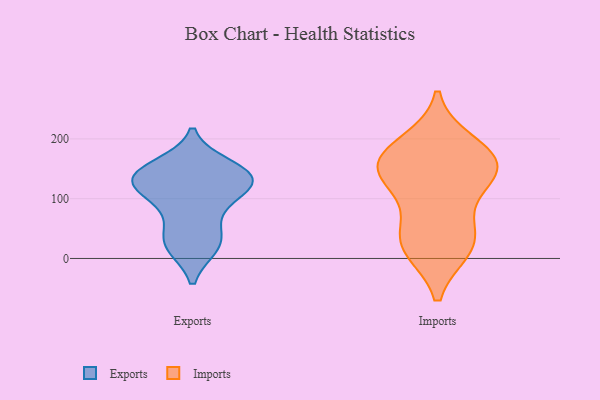
{"axis": {"x": "Population (Million)", "y": "Value"}, "legend": ["Exports", "Imports"], "data": [{"x": "", "y": 27, "type": "Exports"}, {"x": "", "y": 20, "type": "Exports"}, {"x": "", "y": 84, "type": "Exports"}, {"x": "", "y": 149, "type": "Exports"}, {"x": "", "y": 155, "type": "Exports"}, {"x": "", "y": 141, "type": "Exports"}, {"x": "", "y": 137, "type": "Exports"}, {"x": "", "y": 136, "type": "Exports"}, {"x": "", "y": 50, "type": "Exports"}, {"x": "", "y": 123, "type": "Exports"}, {"x": "", "y": 115, "type": "Exports"}, {"x": "", "y": 130, "type": "Exports"}, {"x": "", "y": 20, "type": "Exports"}, {"x": "", "y": 108, "type": "Exports"}, {"x": "", "y": 58, "type": "Imports"}, {"x": "", "y": 17, "type": "Imports"}, {"x": "", "y": 157, "type": "Imports"}, {"x": "", "y": 192, "type": "Imports"}, {"x": "", "y": 153, "type": "Imports"}, {"x": "", "y": 22, "type": "Imports"}, {"x": "", "y": 128, "type": "Imports"}, {"x": "", "y": 160, "type": "Imports"}, {"x": "", "y": 27, "type": "Imports"}, {"x": "", "y": 175, "type": "Imports"}, {"x": "", "y": 130, "type": "Imports"}]}